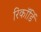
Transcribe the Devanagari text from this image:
रिकॉर्डिं